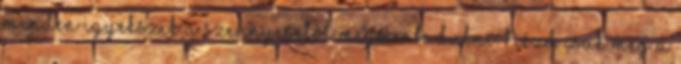
minden igyekszik a szennyesétől megszabadulni. Nézd csak meg a